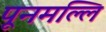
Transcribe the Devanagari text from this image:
पूनमल्लि